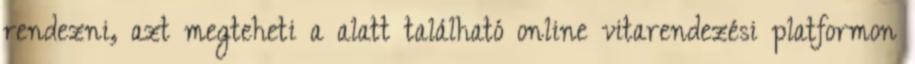
rendezni, azt megteheti a alatt található online vitarendezési platformon